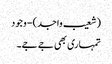
(شعیب واجد) - وجود
تمہاری بھی جے جے۔